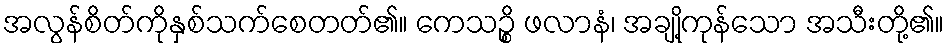
အလွန်စိတ်ကိုနှစ်သက်စေတတ်၏။ ကေသဉ္စိ ဖလာနံ၊ အချို့ကုန်သော အသီးတို့၏။